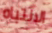
الانتباه